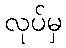
လုပ်မှ